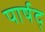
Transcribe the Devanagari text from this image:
पार्षद्